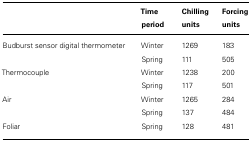
|  | Time period | Chilling units | Forcing units |
 | --- | --- | --- | --- |
 | Budburst sensor digital thermometer | Winter | 1269 | 183 |
 |  | Spring | 111 | 505 |
 | Thermocouple | Winter | 1238 | 200 |
 |  | Spring | 117 | 501 |
 | Air | Winter | 1265 | 284 |
 |  | Spring | 137 | 484 |
 | Foliar | Spring | 128 | 481 |